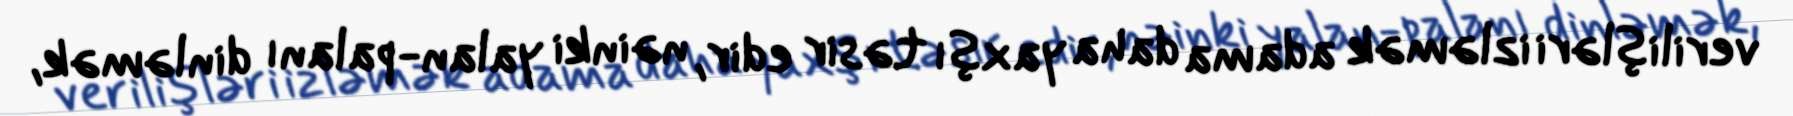
verilişləri izləmək adama daha yaxşı təsir edir, nəinki yalan-palanı dinləmək,